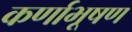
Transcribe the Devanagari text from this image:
कर्णाभूषण